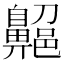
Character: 𪖱